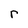
Character: r